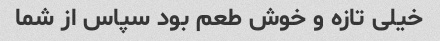
خیلی تازه و خوش طعم بود سپاس از شما